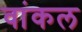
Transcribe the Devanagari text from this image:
वांकल